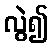
လွဲ၍